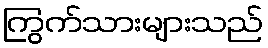
ကြွက်သားများသည်